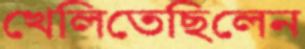
খেলিতেছিলেন